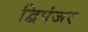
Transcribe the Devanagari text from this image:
द्विपंजर